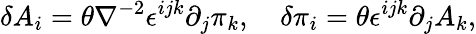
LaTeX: \delta A_{i}=\theta\nabla^{-2}\epsilon^{ijk}\partial_{j}\pi_{k},\quad\delta\pi_{i}=\theta\epsilon^{ijk}\partial_{j}A_{k},